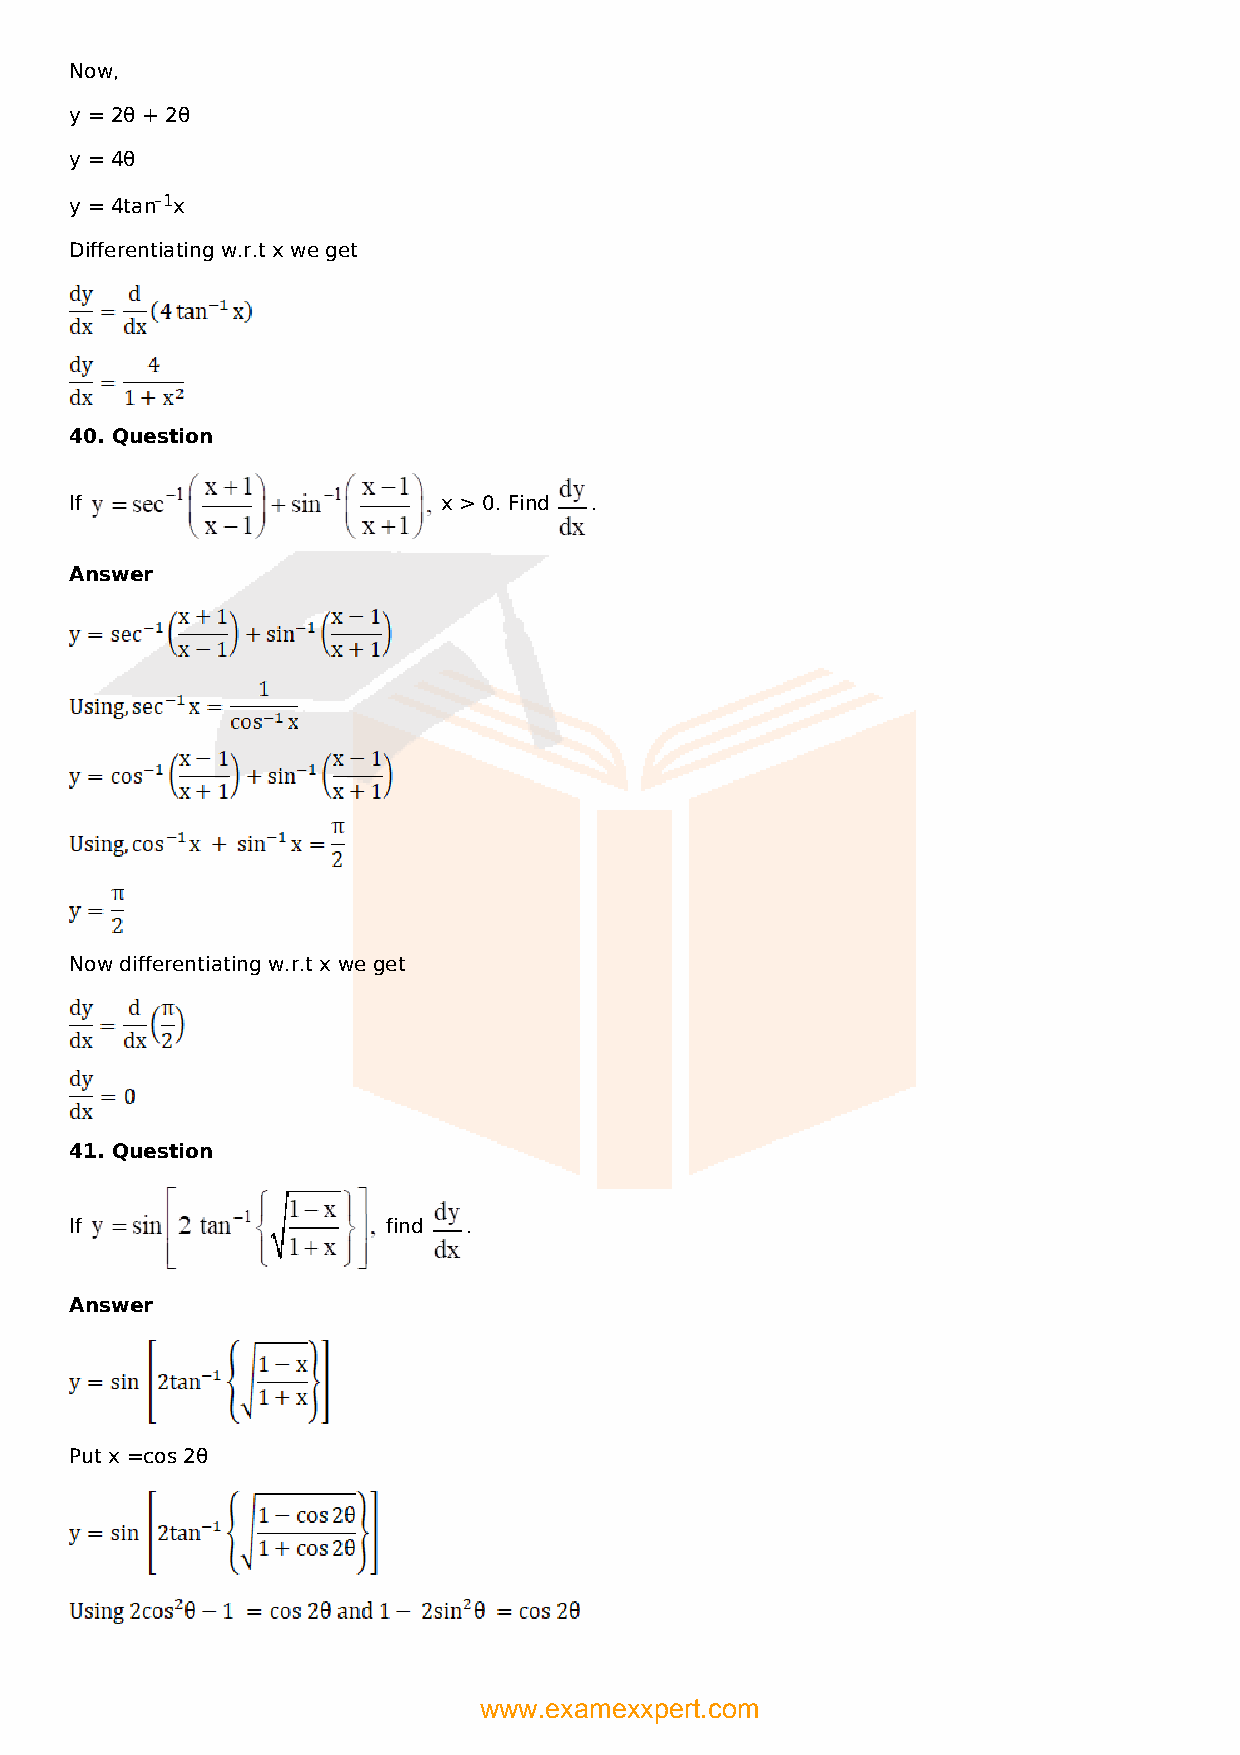
Now,
 y = 2θ + 2θ
 y = 4θ
 y = 4tan–1x
 Differentiating w.r.t x we get
 40. Question
 If                      x > 0. Find .
 Answer
 Now differentiating w.r.t x we get
 41. Question
 If                   find .
 Answer
 Put x =cos 2θ
 www.examexxpert.com